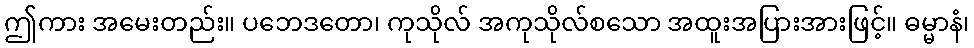
ဤကား အမေးတည်း။ ပဘေဒတော၊ ကုသိုလ် အကုသိုလ်စသော အထူးအပြားအားဖြင့်။ ဓမ္မာနံ၊